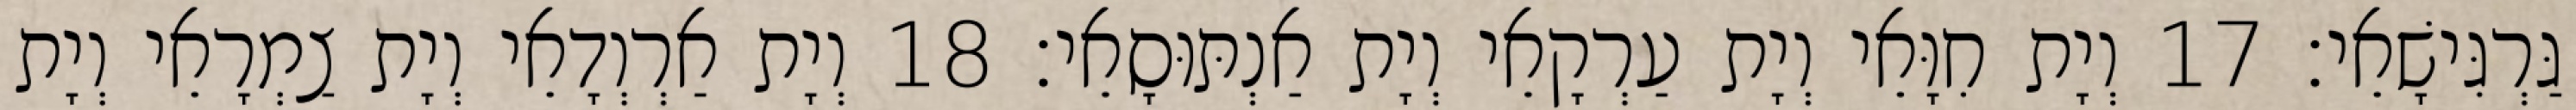
גַּרְגִּישָׁאֵי׃ 17 וְיָת חִוָּאֵי וְיָת עַרְקָאֵי וְיָת אַנְתּוּסָאֵי׃ 18 וְיָת אַרְוְדָאֵי וְיָת צַמְרָאֵי וְיָת